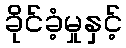
ခိုင်ခံ့မှုနှင့်